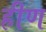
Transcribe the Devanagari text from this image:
हीण